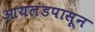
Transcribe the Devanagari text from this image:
आयलंडपासून